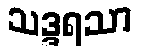
သဒ္ဒရသာ